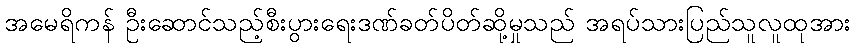
အမေရိကန် ဦးဆောင်သည့်စီးပွားရေးဒဏ်ခတ်ပိတ်ဆို့မှုသည် အရပ်သားပြည်သူလူထုအား